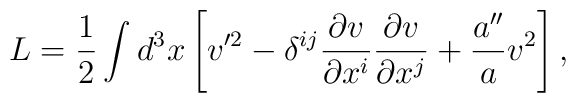
L=\frac{1}{2}\int d^3x\left[v'^2-\delta^{ij}        \frac{\partial v}{\partial x^i}\frac{\partial v}{\partial x^j}        +\frac{a''}{a}v^2\right],